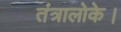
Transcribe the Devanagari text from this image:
तंत्रालोके।